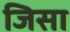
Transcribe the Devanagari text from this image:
जिसा